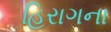
હિરાગના